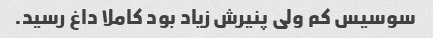
سوسیس کم ولی پنیرش زیاد بود کاملا داغ رسید.